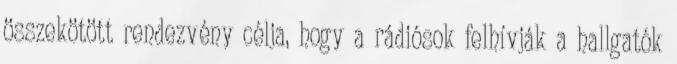
összekötött rendezvény célja, hogy a rádiósok felhívják a hallgatók